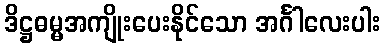
ဒိဋ္ဌဓမ္မအကျိုးပေးနိုင်သော အင်္ဂါလေးပါး